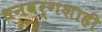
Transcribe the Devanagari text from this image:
धनवर्गशाही